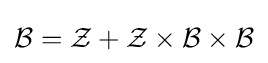
{\mathcal {B}}={\mathcal {Z}}+{\mathcal {Z}}\times {\mathcal {B}}\times {\mathcal {B}}